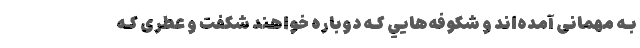
بـه مهمانی آمده‌اند و شکوفه‌هایي کـه دوباره خواهند شکفت و عطری کـه